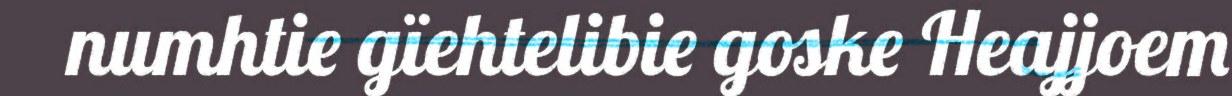
numhtie gïehtelibie goske Heajjoem